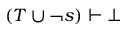
( T \cup \lnot s ) \vdash \bot